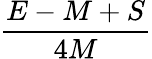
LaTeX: \frac{E-M+S}{4M}